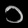
Digit: ၁